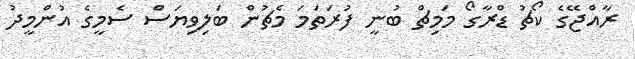
ރާއްޖޭގެ ކޯޗު ޑްރާގޯ މަމިޗް ބުނީ ފުރަތަމަ މެޗުން ބަލިވިޔަސް ސެމީގެ އުންމީދު